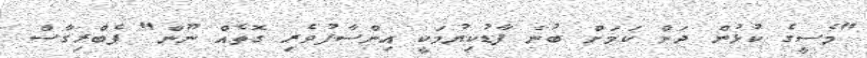
"މެސީގެ ކުޅުން ދަށް ކަމަށް ބުނެ ފާޑުކިޔުމަކީ އިންސާފުވެރި ގޮތެއް ނޫން" ފެބްރިގާސް